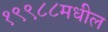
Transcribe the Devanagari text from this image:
१९९८८मधील